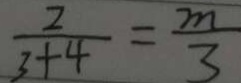
\frac { 2 } { 3 + 4 } = \frac { m } { 3 }